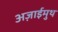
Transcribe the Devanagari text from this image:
अज़ाईमुथ